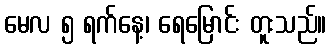
မေလ ၅ ရက်နေ့၊ ရေမြောင်း တူးသည်။